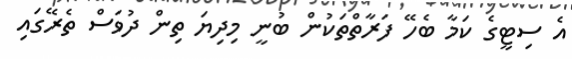
އެ ސިޓީގެ ކަމާ ބެހޭ ފަރާތްތަކުން ބުނީ މިދިޔަ ތިން ދުވަސް ތެރޭގައި